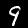
Digit: 9